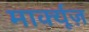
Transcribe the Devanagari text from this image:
मार्क्यूज़